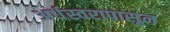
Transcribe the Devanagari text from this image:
अर्धस्वरापासून